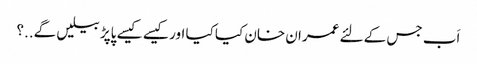
اَب جس کے لئے عمران خان کیا کیا اور کیسے کیسے پاپڑ بیلیں گے..؟